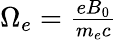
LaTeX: \begin{array}{r}{\Omega_{e}=\frac{eB_{0}}{m_{e}c}}\end{array}